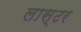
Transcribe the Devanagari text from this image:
लास्टर